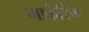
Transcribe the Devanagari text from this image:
मार्केंटिंग